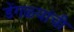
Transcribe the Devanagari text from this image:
डेंगळ्यांची